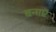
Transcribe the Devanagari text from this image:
बनाऍ